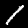
Digit: 1